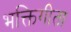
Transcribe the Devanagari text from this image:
भक्तिगीता